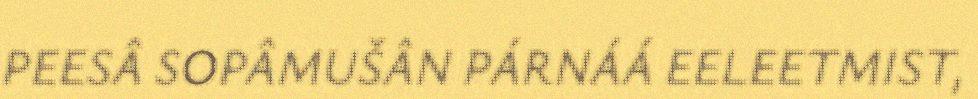
PEESÂ SOPÂMUŠÂN PÁRNÁÁ EELEETMIST,